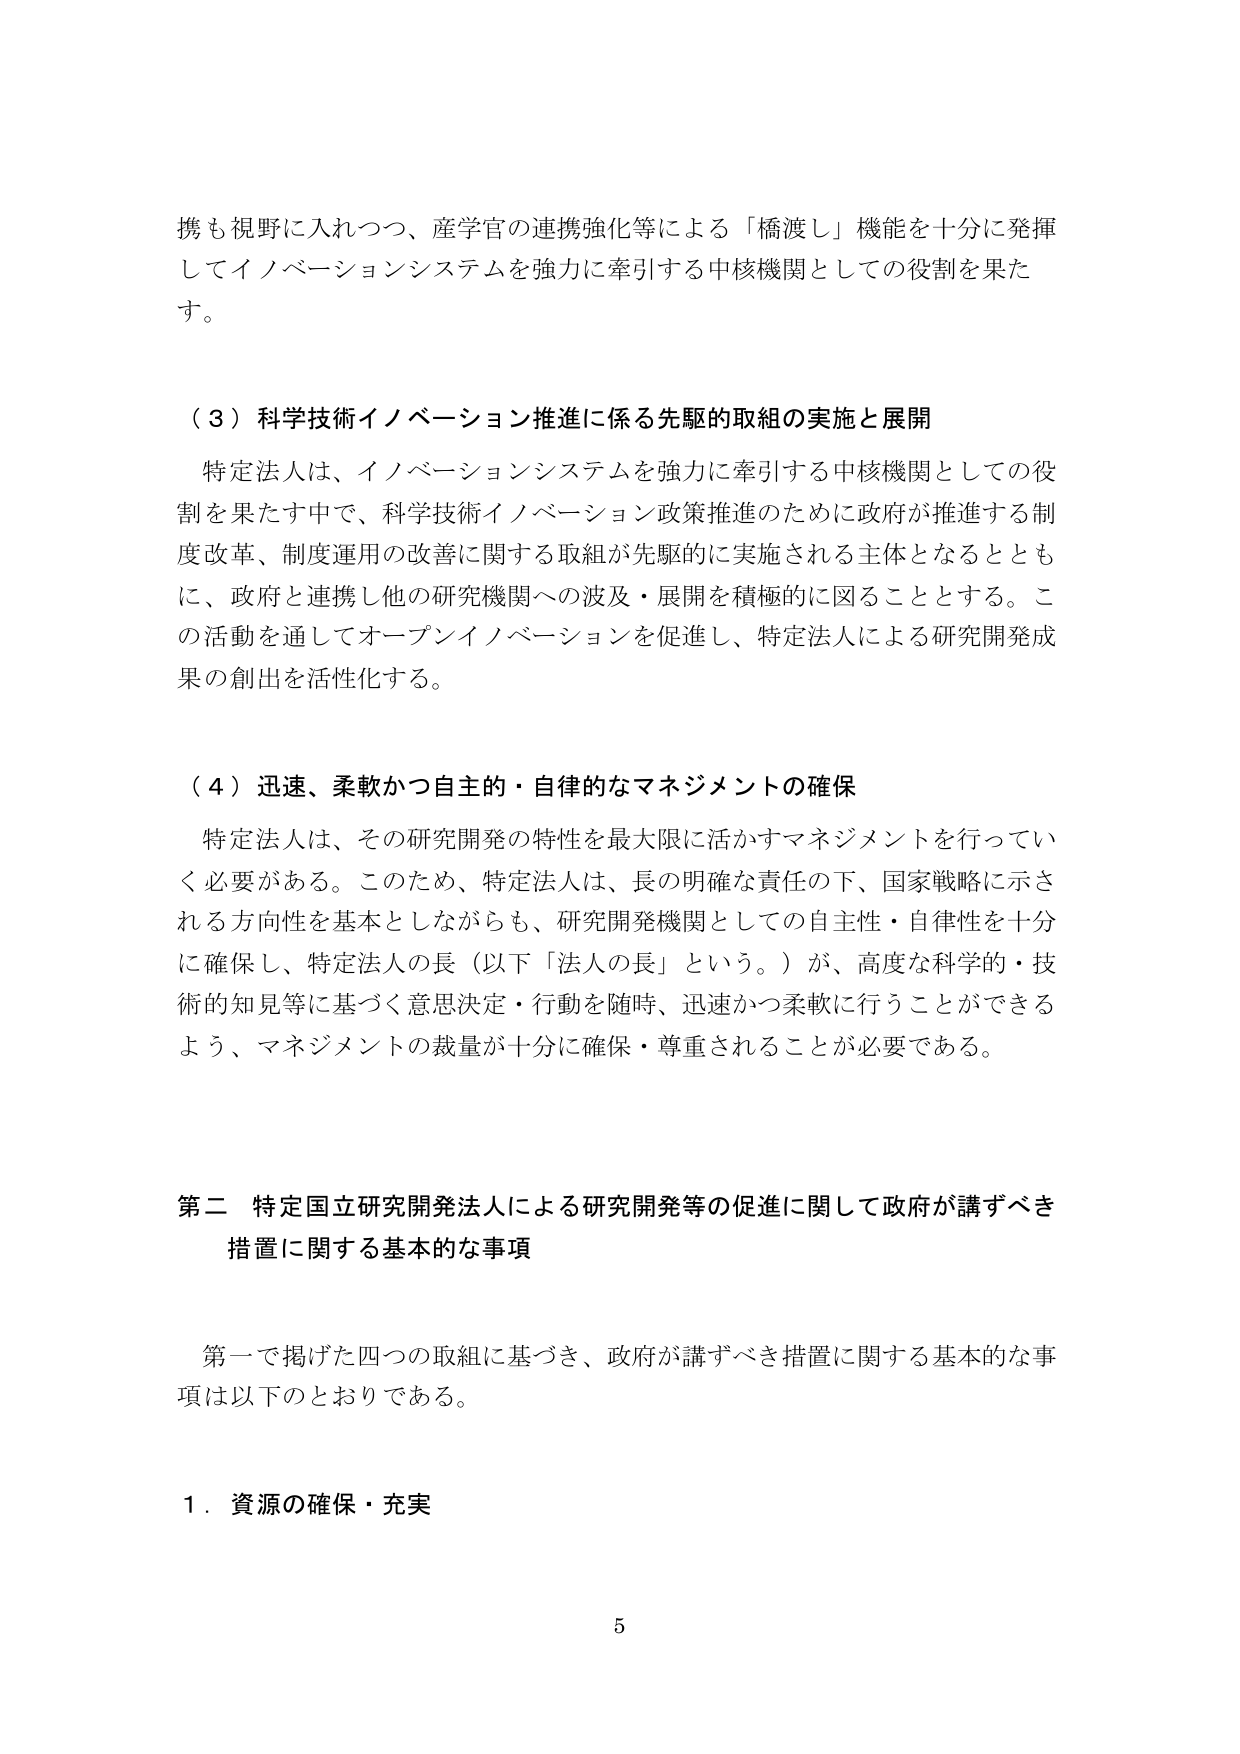
携も視野に入れつつ、産学官の連携強化等による「橋渡し」機能を十分に発揮してイノベーションシステムを強力に牽引する中核機関としての役割を果たす。

（３）科学技術イノベーション推進に係る先駆的取組の実施と展開
特定法人は、イノベーションシステムを強力に牽引する中核機関としての役割を果たす中で、科学技術イノベーション政策推進のために政府が推進する制度改革、制度運用の改善に関する取組が先駆的に実施される主体となるとともに、政府と連携し他の研究機関への波及・展開を積極的に図ることとする。この活動を通じてオープンイノベーションを促進し、特定法人による研究開発成果の創出を活性化する。

（４）迅速、柔軟かつ自主的・自律的なマネジメントの確保
特定法人は、その研究開発の特性を最大限に活かすマネジメントを行っていく必要がある。このため、特定法人は、長の明確な責任の下、国家戦略に示される方向性を基本としながらも、研究開発機関としての自主性・自律性を十分に確保し、特定法人の長（以下「法人の長」という。）が、高度な科学的・技術的知見等に基づく意思決定・行動を随時、迅速かつ柔軟に行うことができるよう、マネジメントの裁量が十分に確保・尊重されることが必要である。

第二 特定国立研究開発法人による研究開発等の促進に関して政府が講ずべき措置に関する基本的な事項

第一で掲げた四つの取組に基づき、政府が講ずべき措置に関する基本的な事項は以下のとおりである。

１．資源の確保・充実

5